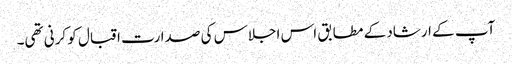
آپ کے ارشاد کے مطابق اس اجلاس کی صدارت اقبال کو کرنی تھی۔